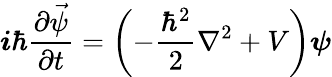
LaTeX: \boldsymbol{i}\hbar\frac{\partial\vec{\psi}}{\partial t}=\left(-\frac{\hbar^{2}}{2}\nabla^{2}+V\right)\boldsymbol{\psi}